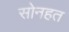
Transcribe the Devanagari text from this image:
सोनहत